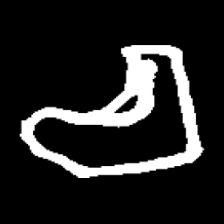
Pyu character \u2014 Myanmar letter: စ (romanized: ca)